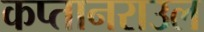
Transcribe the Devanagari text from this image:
कप्तानराउल